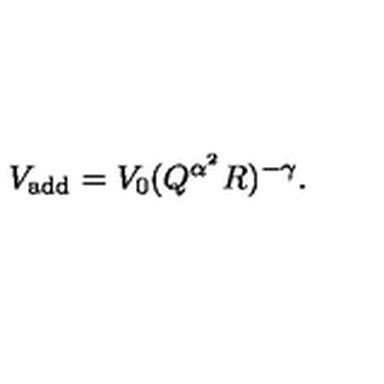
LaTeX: V _ { \mathrm { a d d } } = V _ { 0 } ( Q ^ { \alpha ^ { 2 } } R ) ^ { - \gamma } .